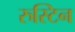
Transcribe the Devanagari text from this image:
रुस्टिन